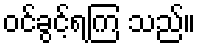
ဝင်ခွင့်ရကြ သည်။